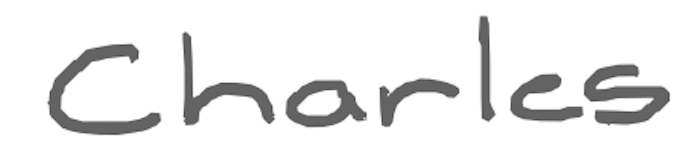
Text: Charles
Cross-out: clean
Writing tool: digital_gray